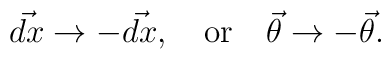
\vec{dx}\rightarrow -\vec{dx}, \quad {\rm or} \quad \vec{\theta}\rightarrow - \vec{\theta}.